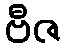
ဗီဇ